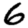
Digit: 6